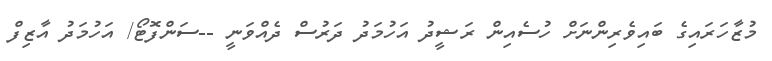
މުޒާހަރައިގެ ބައިވެރިންނަށް ހުސެއިން ރަޝީދު އަހުމަދު ދަރުސް ދެއްވަނީ --ސަންފޮޓޯ/ އަހުމަދު އާޒިފް